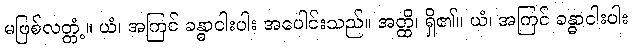
မဖြစ်လတ္တံ့။ ယံ၊ အကြင် ခန္ဓာငါးပါး အပေါင်းသည်။ အတ္ထိ၊ ရှိ၏။ ယံ၊ အကြင် ခန္ဓာငါးပါး